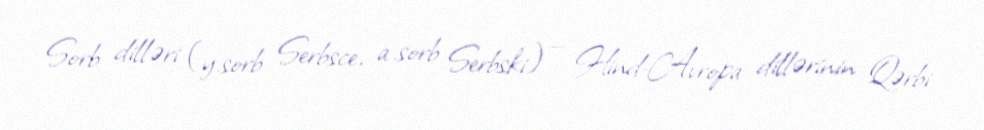
Sorb dilləri (y.sorb Serbsce, a.sorb Serbski) — Hind-Avropa dillərinin Qərbi